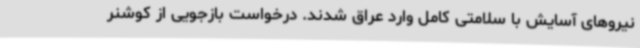
نیروهای آسایش با سلامتی کامل وارد عراق شدند. درخواست بازجویی از کوشنر